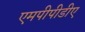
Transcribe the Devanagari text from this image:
एमपीपीडीए